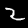
Digit: 2